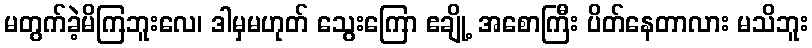
မတွက်ခဲ့မိကြဘူးလေ၊ ဒါမှမဟုတ် သွေးကြော ဧချို့ အစောကြီး ပိတ်နေတာလား မသိဘူး